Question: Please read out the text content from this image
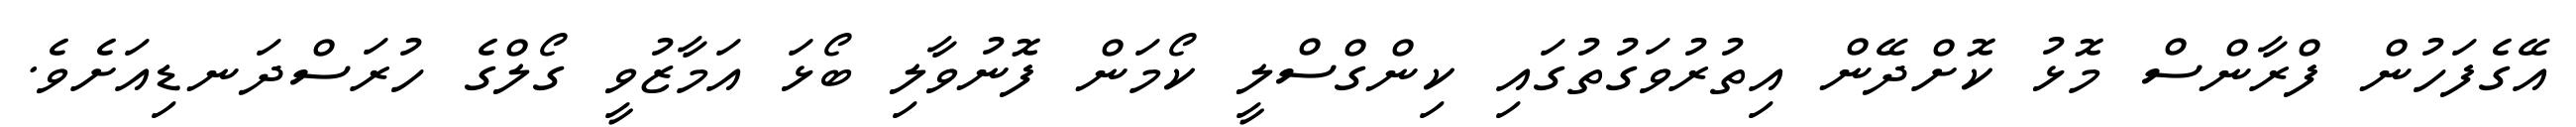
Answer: އޭގެފަހުން ފްރާންސް މޮޅު ކޮށްދޭން އިތުރުވަގުތުގައި ކިންގްސްލީ ކޯމަން ފޮނުވާލި ބޯޅަ އަމާޒުވީ ގޯލްގެ ހުރަސްދަނޑިއަށެވެ.